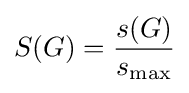
S(G)={\frac {s(G)}{s_{\max }}}